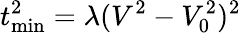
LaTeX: t_{\mathrm{min}}^{2}=\lambda(V^{2}-V_{0}^{2})^{2}